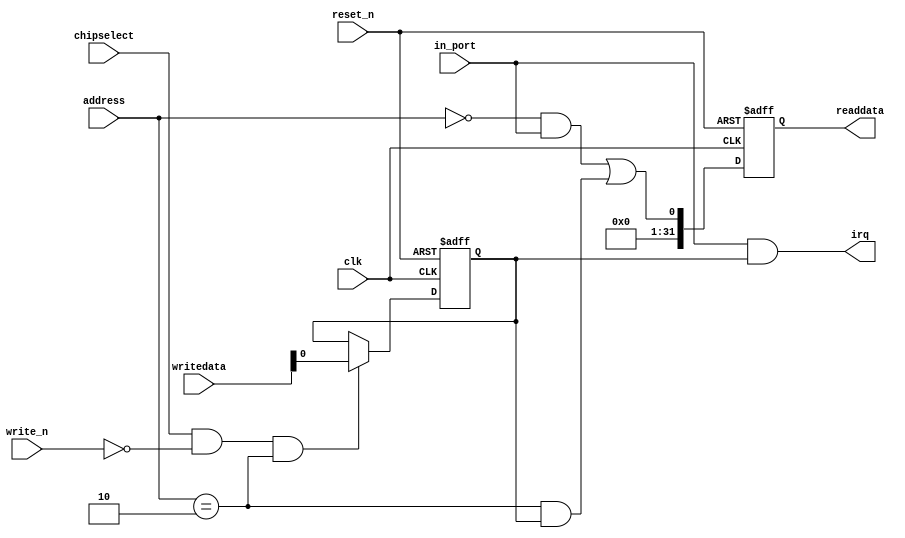
module nios_solo_pio_0 (
                         // inputs:
                          address,
                          chipselect,
                          clk,
                          in_port,
                          reset_n,
                          write_n,
                          writedata,

                         // outputs:
                          irq,
                          readdata
                       )
;

  output           irq;
  output  [ 31: 0] readdata;
  input   [  1: 0] address;
  input            chipselect;
  input            clk;
  input            in_port;
  input            reset_n;
  input            write_n;
  input   [ 31: 0] writedata;

  wire             clk_en;
  wire             data_in;
  wire             irq;
  reg              irq_mask;
  wire             read_mux_out;
  reg     [ 31: 0] readdata;
  assign clk_en = 1;
  //s1, which is an e_avalon_slave
  assign read_mux_out = ({1 {(address == 0)}} & data_in) |
    ({1 {(address == 2)}} & irq_mask);

  always @(posedge clk or negedge reset_n)
    begin
      if (reset_n == 0)
          readdata <= 0;
      else if (clk_en)
          readdata <= {32'b0 | read_mux_out};
    end


  assign data_in = in_port;
  always @(posedge clk or negedge reset_n)
    begin
      if (reset_n == 0)
          irq_mask <= 0;
      else if (chipselect && ~write_n && (address == 2))
          irq_mask <= writedata;
    end


  assign irq = |(data_in      & irq_mask);

endmodule